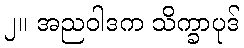
၂။ အညဝါဒက သိက္ခာပုဒ်